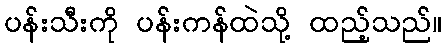
ပန်းသီးကို ပန်းကန်ထဲသို့ ထည့်သည်။